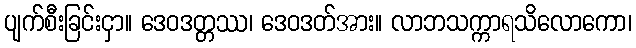
ပျက်စီးခြင်းငှာ။ ဒေဝဒတ္တဿ၊ ဒေဝဒတ်အား။ လာဘသက္ကာရသိလောကော၊